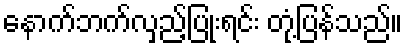
နောက်ဘက်လှည့်ပြုံးရင်း တုံ့ပြန်သည်။